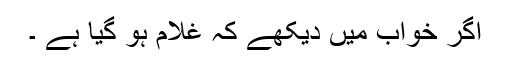
اگر خواب میں دیکھے کہ غلام ہو گیا ہے ۔